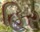
હિર